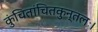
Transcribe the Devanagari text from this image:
कुंचितांचितकुन्तलः।